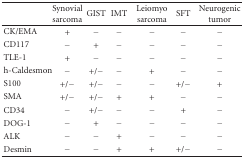
<table><thead><tr><td><b> </b></td><td><b>Synovialsarcoma</b></td><td><b>GIST</b></td><td><b>IMT</b></td><td><b>Leiomyosarcoma</b></td><td><b>SFT</b></td><td><b>Neurogenic tumor</b></td></tr></thead><tbody><tr><td>CK/EMA</td><td>+</td><td>−</td><td>−</td><td>−</td><td>−</td><td>−</td></tr><tr><td>CD117</td><td>−</td><td>+</td><td>−</td><td>−</td><td>−</td><td>−</td></tr><tr><td>TLE-1</td><td>+</td><td>−</td><td>−</td><td>−</td><td>−</td><td>−</td></tr><tr><td>h-Caldesmon</td><td>−</td><td>+/−</td><td>−</td><td>+</td><td>−</td><td>−</td></tr><tr><td>S100</td><td>+/−</td><td>+/−</td><td>−</td><td>−</td><td>+/−</td><td>+</td></tr><tr><td>SMA</td><td>+/−</td><td>+/−</td><td>+</td><td>+</td><td>−</td><td>−</td></tr><tr><td>CD34</td><td>−</td><td>+/−</td><td>−</td><td>−</td><td>+</td><td>−</td></tr><tr><td>DOG-1</td><td>−</td><td>+</td><td>−</td><td>−</td><td>−</td><td>−</td></tr><tr><td>ALK</td><td>−</td><td>−</td><td>+</td><td>−</td><td>−</td><td>−</td></tr><tr><td>Desmin</td><td>−</td><td>−</td><td>+</td><td>+</td><td>+/−</td><td>−</td></tr></tbody></table>